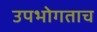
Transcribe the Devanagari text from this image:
उपभोगताच